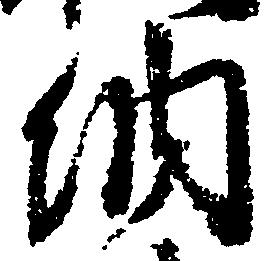
納